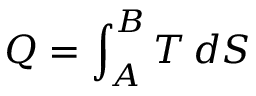
Q = \int _ { A } ^ { B } T \, d S